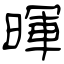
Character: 暉